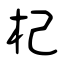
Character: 杞